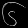
Digit: ၆